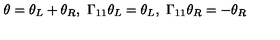
\theta = \theta _ { L } + \theta _ { R } , \ \Gamma _ { 1 1 } \theta _ { L } = \theta _ { L } , \ \Gamma _ { 1 1 } \theta _ { R } = - \theta _ { R }